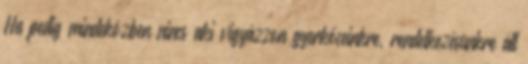
Ha pedig mindeközben nincs aki vigyázzon gyerkőceinkre, rendelkezésünkre áll